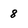
Character: 8